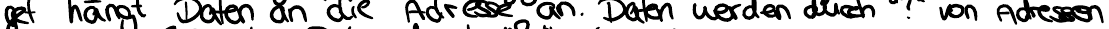
get hängt Daten an die Adresse an. Daten werden durch "!" von Adressen